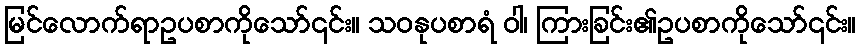
မြင်လောက်ရာဥပစာကိုသော်၎င်း။ သဝနုပစာရံ ဝါ၊ ကြားခြင်း၏ဥပစာကိုသော်၎င်း။